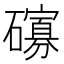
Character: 𱴾